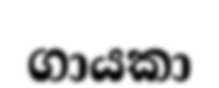
ගායකා